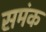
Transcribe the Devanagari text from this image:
समंक